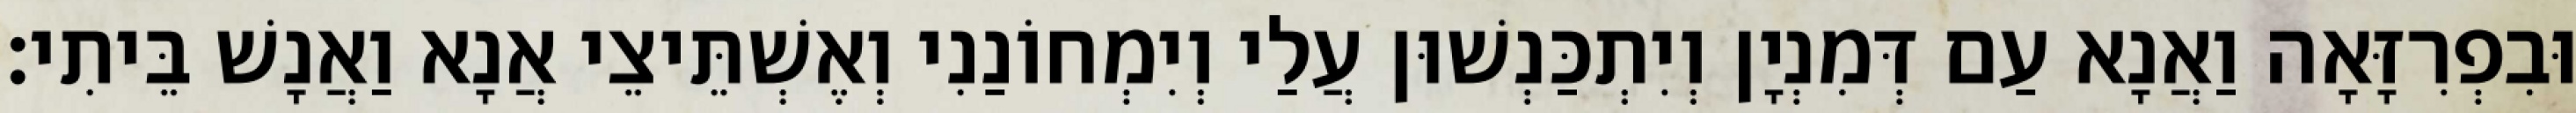
וּבִפְרִזָּאָה וַאֲנָא עַם דְּמִנְיָן וְיִתְכַּנְשׁוּן עֲלַי וְיִמְחוֹנַנִי וְאֶשְׁתֵּיצֵי אֲנָא וַאֲנָשׁ בֵּיתִי׃